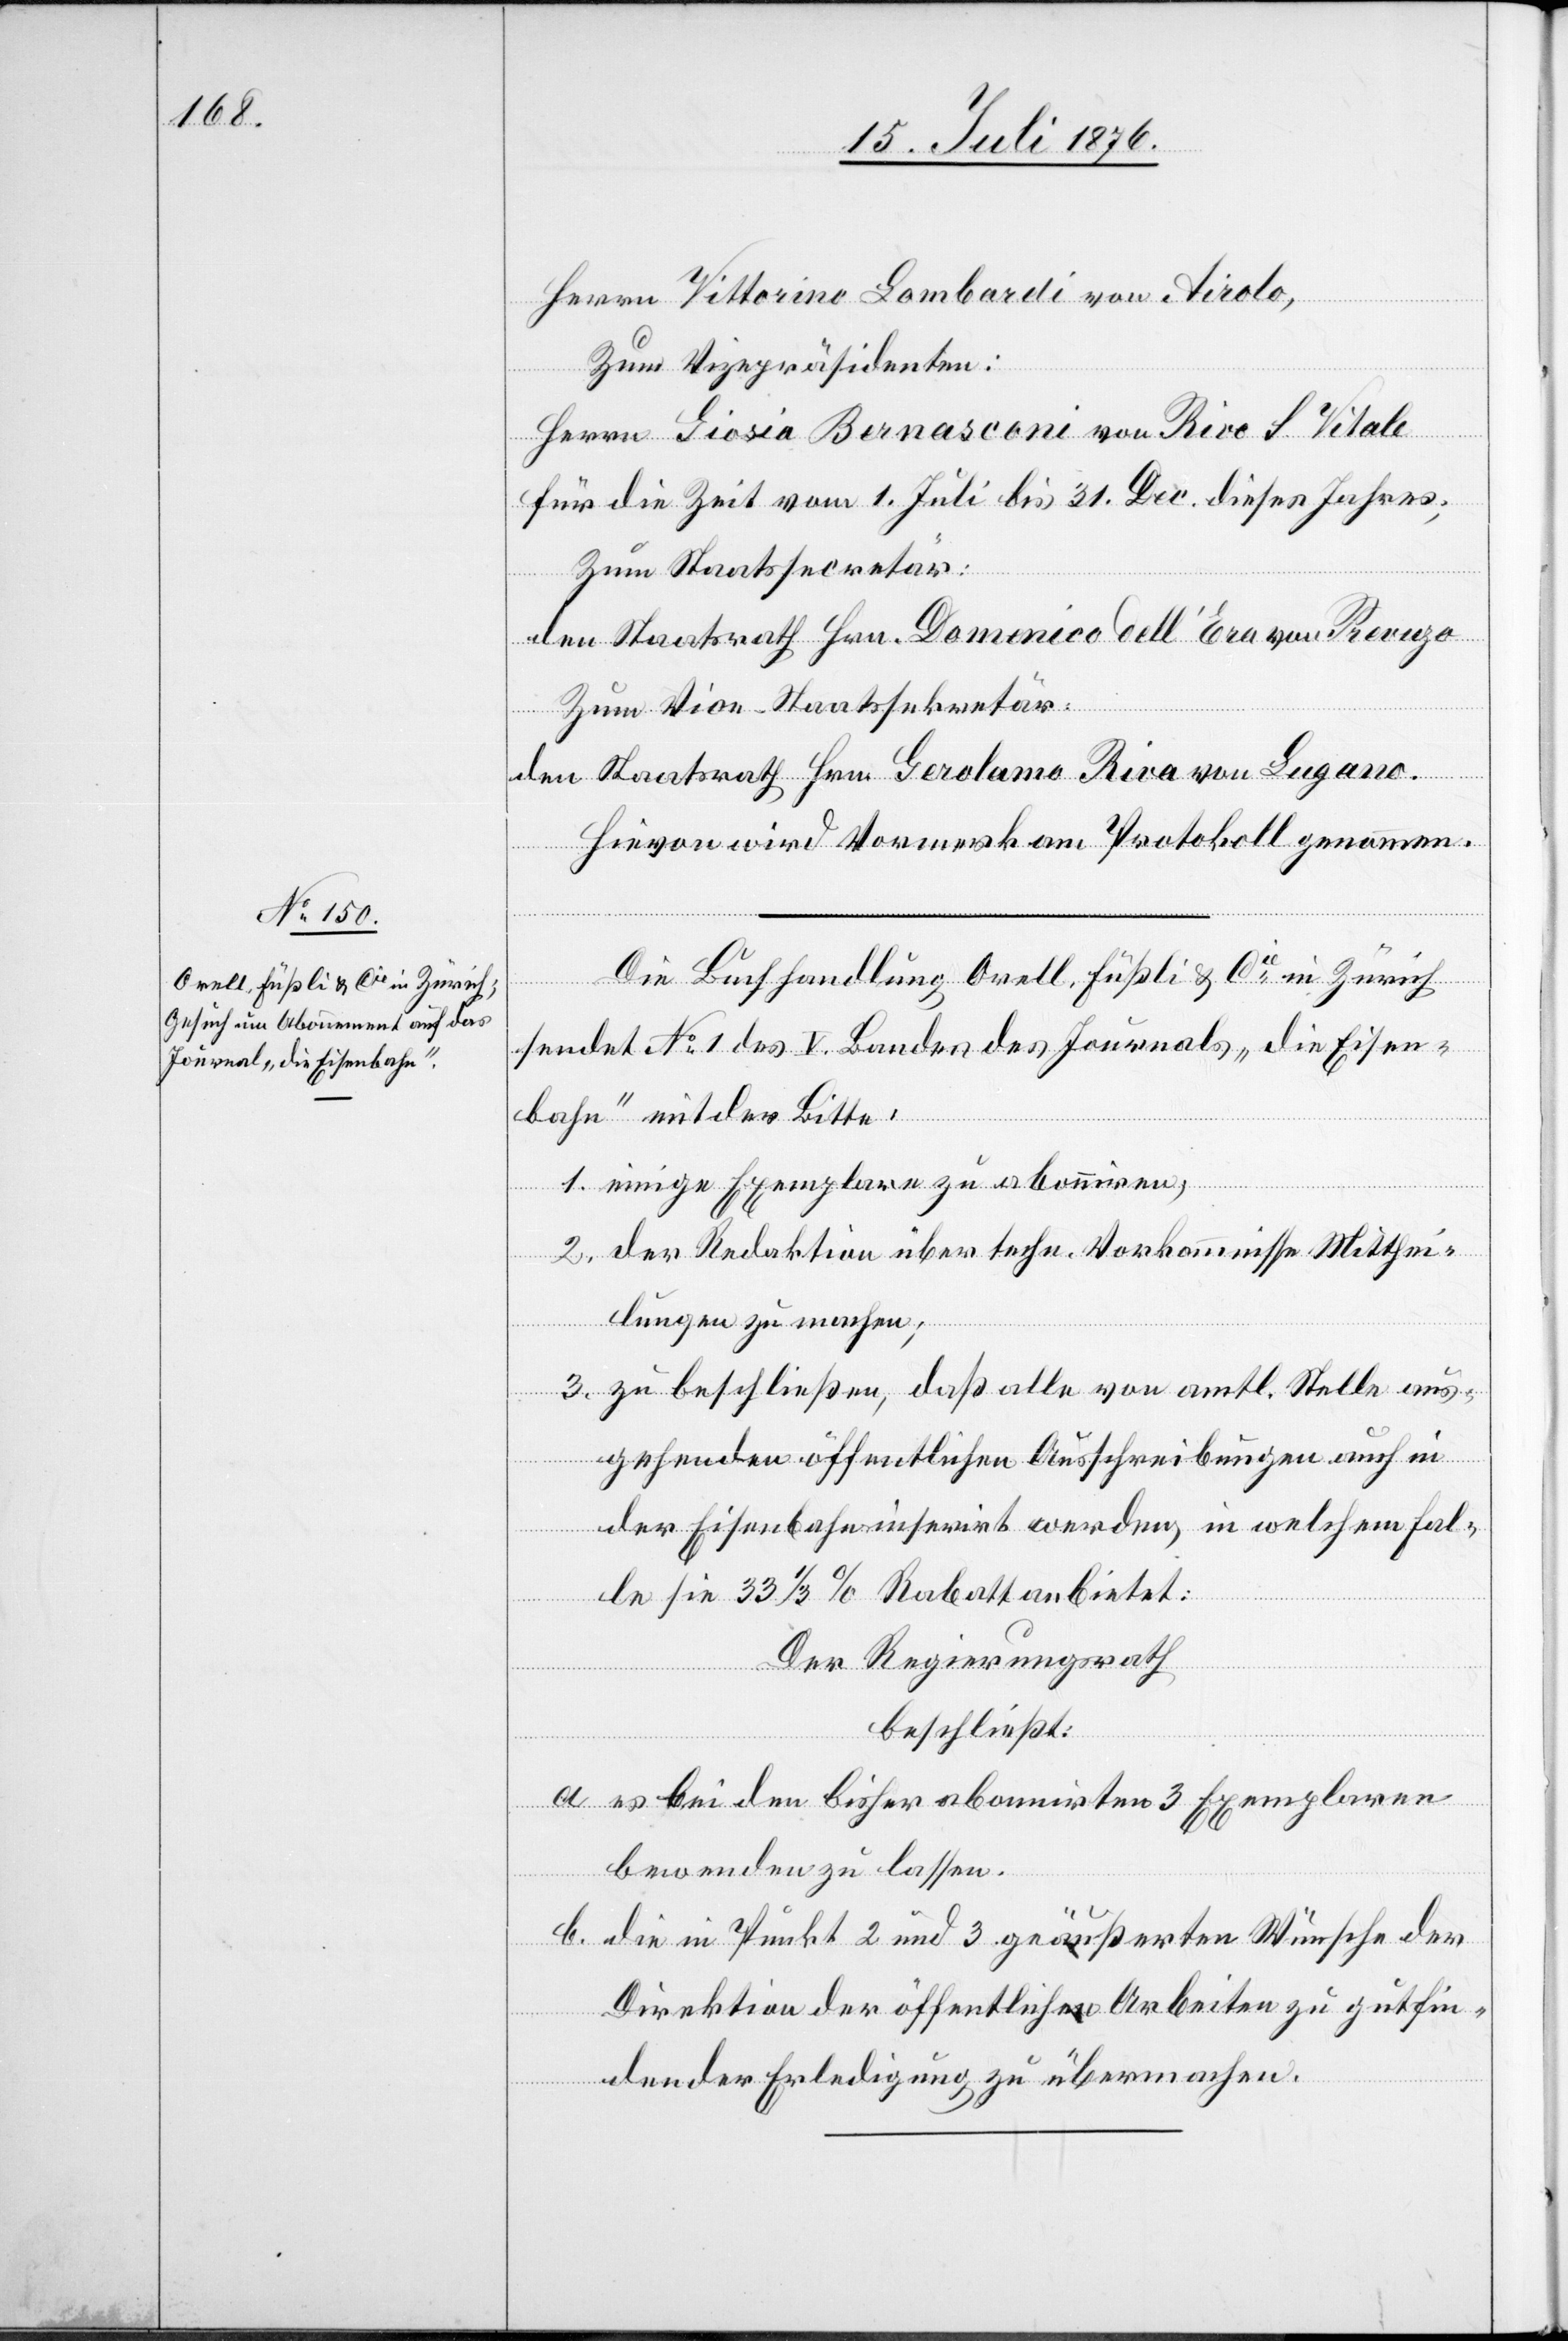
Herrn Vittorino Lombardi von Airolo,
Zum Vizepräsidenten:
Herrn Giosia Bernasconi von Rivo S Vitale
für die Zeit vom 1. Juli bis 31. Dec. dieses Jahres;
Zum Staatssecretär:
den Staatsrath Hrn. Domenico dell’Era von [?Revuzo]
Zum Vize-Staatssekretär:
den Staatsrath Hrn. Gerolamo Riva von Lugano.
Hievon wird Vormerk am Protokoll genommen.
Die Buchhandlung Orell, Füßli & Cie in Zürich
sendet No 1 des V. Bandes des Journals „die Eisen¬
bahn“ mit der Bitte:
1. einige Exemplare zu abonniren;
2. der Redaktion über techn. Vorkommnisse Mitthei¬
lungen zu machen;
3. zu beschließen, daß alle von amtl. Stelle aus¬
gehenden öffentlichen Ausschreibungen auch in
der Eisenbahn inserirt werden, in welchem Fal¬
le sie 33 1/3 % Rabatt anbietet:
Der Regierungsrath
beschließt:
a. es bei den bisher abonnirten 3 Exemplaren
bewenden zu lassen.
b. die in Punkt 2 und 3 geäußerten Wünsche der
Direktion der öffentlichen Arbeiten zu gutfin¬
dender Erledigung zu übermachen.